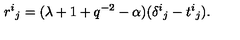
{ r ^ { i } } _ { j } = ( \lambda + 1 + q ^ { - 2 } - \alpha ) ( { \delta ^ { i } } _ { j } - { t ^ { i } } _ { j } ) .